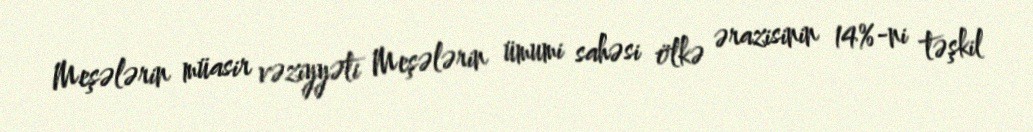
Meşələrin müasir vəziyyəti Meşələrin ümumi sahəsi ölkə ərazisinin 14%-ni təşkil